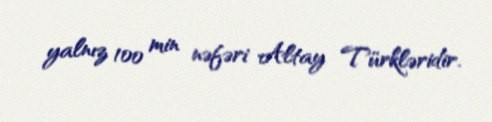
yalnız 100 min nəfəri Altay Türkləridir.